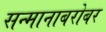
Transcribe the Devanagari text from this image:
सन्मानाबरोबर